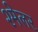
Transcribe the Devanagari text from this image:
श्मेलर